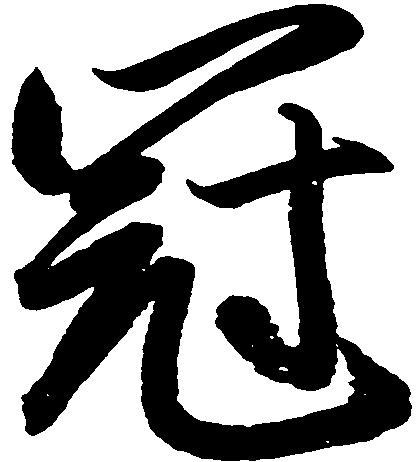
冠